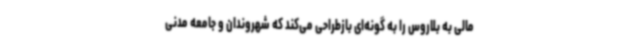
مالی به بلاروس را به گونه‌ای بازطراحی می‌کند که شهروندان و جامعه مدنی